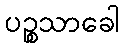
ပဉ္စသာခေါ